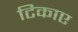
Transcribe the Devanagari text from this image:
टिकाए